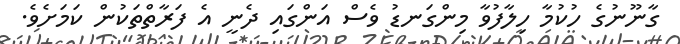
ގާނޫނުގެ ހުކުމާ ހިލާފުވާ މިންގަނޑު ވެސް އަންގައި ދެނީ އެ ފަރާތްތަކުން ކަމަށެވެ.